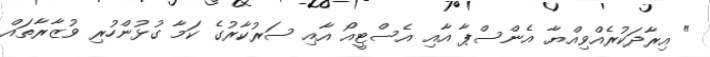
" އިރާދަކުރެއްވިއްޔާ އެންސްޕާ އާއި އެސްޓީއޯ އާއި ސަރުކާރުގެ ކަމާ ގުޅުންހުރި ވުޒާރާތައް